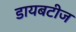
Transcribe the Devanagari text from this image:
डायबटीज